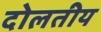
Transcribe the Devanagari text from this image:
दोलतीय